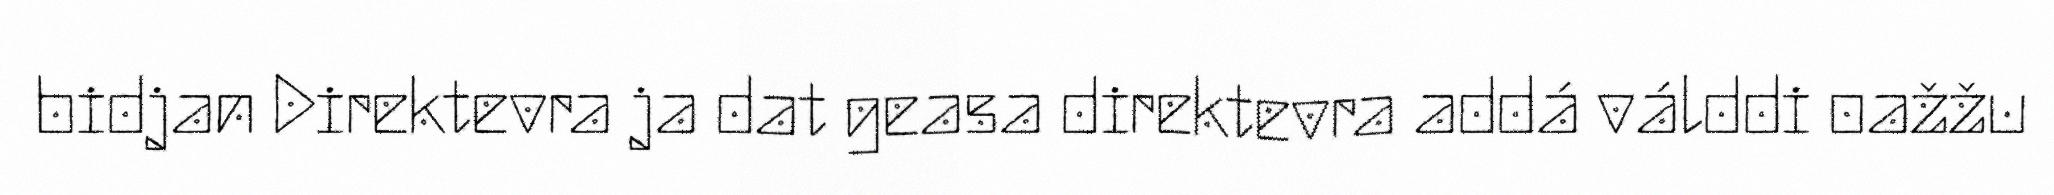
bidjan Direktevra ja dat geasa direktevra addá válddi oažžu